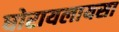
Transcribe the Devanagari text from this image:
घोरायलायसा